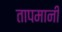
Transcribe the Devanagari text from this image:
तापमानी